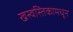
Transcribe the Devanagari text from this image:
खस्वस्तिकामधून